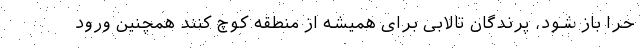
حرّا باز شود، پرندگان تالابی برای همیشه از منطقه کوچ کنند همچنین ورود